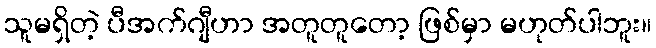
သူမရှိတဲ့ ပီအက်ဂျီဟာ အတူတူတော့ ဖြစ်မှာ မဟုတ်ပါဘူး။